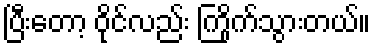
ပြီးတော့ ဝိုင်လည်း ကြိုက်သွားတယ်။